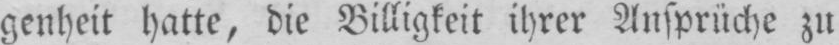
genheit hatte, die Billigkeit ihrer Ansprüche zu